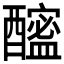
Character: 𨣘